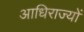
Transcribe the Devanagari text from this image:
आधिराज्यों